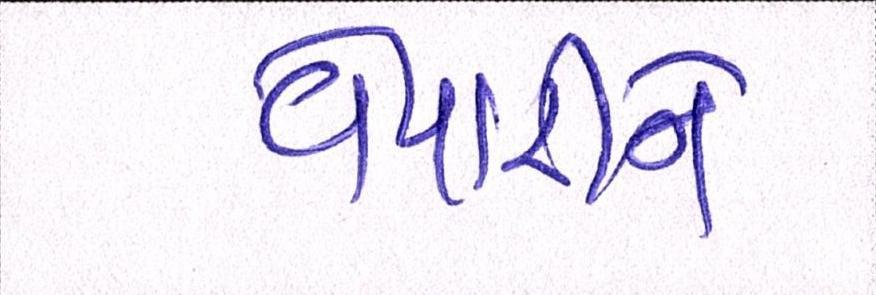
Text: વેપારીને